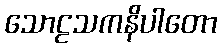
သောဠသကနိပါတော